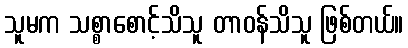
သူမက သစ္စာစောင့်သိသူ တာဝန်သိသူ ဖြစ်တယ်။